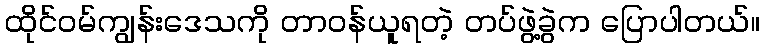
ထိုင်ဝမ်ကျွန်းဒေသကို တာဝန်ယူရတဲ့ တပ်ဖွဲ့ခွဲက ပြောပါတယ်။